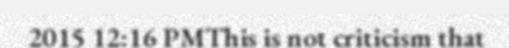
2015 12:16 PMThis is not criticism that